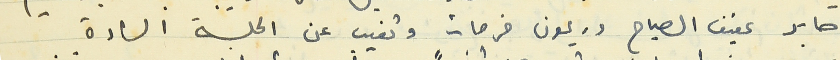
صابر عفيف الصياح وريمون فرحات وتغيب عن الجلسة السادة